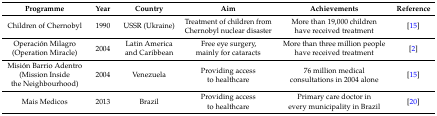
| Programme | Year | Country | Aim | Achievements | Reference |
 | --- | --- | --- | --- | --- | --- |
 | Children of Chernobyl | 1990 | USSR (Ukraine) | Treatment of children from Chernobyl nuclear disaster | More than 19,000 children have received treatment | [15] |
 | Operación Milagro (Operation Miracle) | 2004 | Latin America and Caribbean | Free eye surgery, mainly for cataracts | More than three million people have received treatment | [2] |
 | Misión Barrio Adentro (Mission Inside the Neighbourhood) | 2004 | Venezuela | Providing access to healthcare | 76 million medical consultations in 2004 alone | [15] |
 | Mais Medicos | 2013 | Brazil | Providing access to healthcare | Primary care doctor in every municipality in Brazil | [20] |